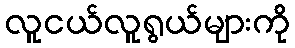
လူငယ်လူရွယ်များကို